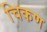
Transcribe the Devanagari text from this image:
चिकण